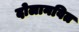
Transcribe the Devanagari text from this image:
दोलानवित